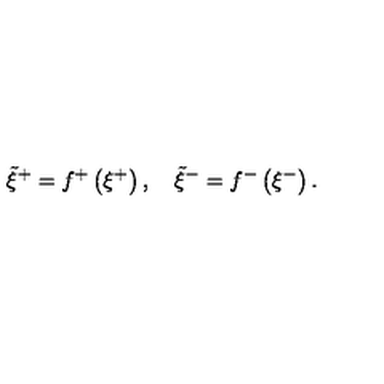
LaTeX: \tilde { \xi } ^ { + } = f ^ { + } \left( \xi ^ { + } \right) , \quad \tilde { \xi } ^ { - } = f ^ { - } \left( \xi ^ { - } \right) .